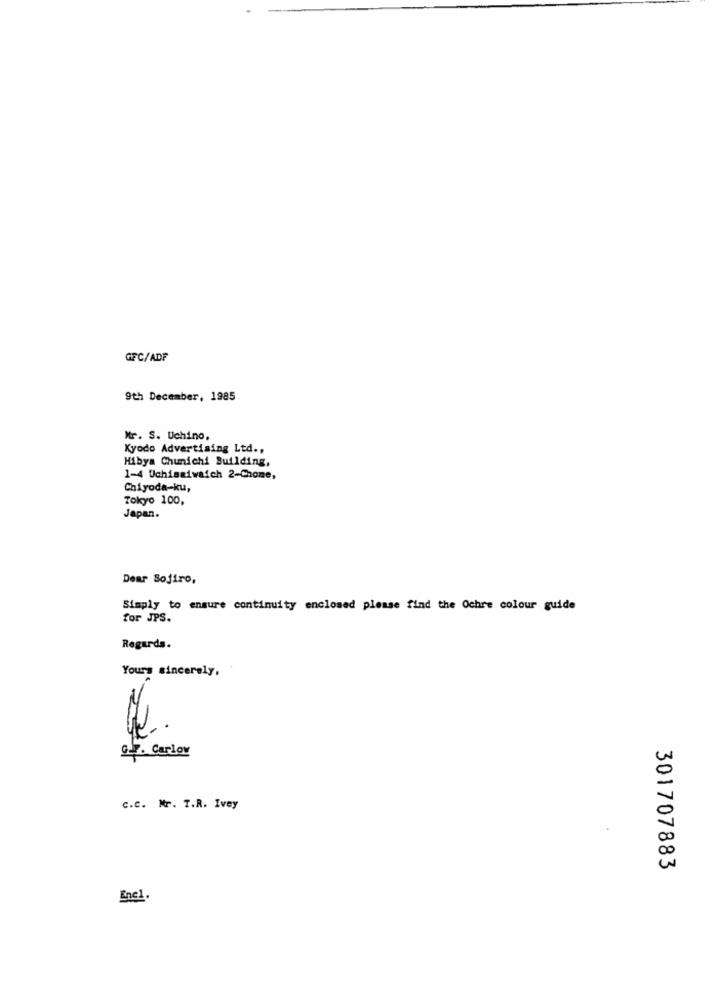
GFC/ADF
9th December, 1985
Mr. S. Uchino,
Kyodo Advertising Ltd .,
Hibya Chunichi Building,
1-4 Uchisaiwaich 2-Chome,
Chiyoda-ku,
Tokyo 100,
Japan.
Dear Soffro,
Simply to ensure continuity enclosed please find the Ochre colour guide
for JPS.
Regards.
Yours sincerely,
Of. Carlow
c.c. Mr. T.R. Ivey
301707883
Enel.